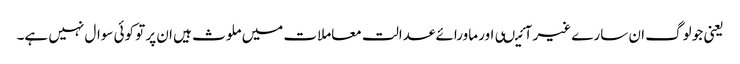
یعنی جو لوگ ان سارے غیر آئیںی اور ماورائے عدالت معاملات میں ملوث ہیں ان پر تو کوئی سوال نہیں ہے۔